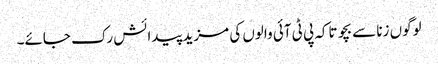
لوگوں زنا سے بچو تاکہ پی ٹی آئی والوں کی مزید پیدائش رک جائے۔